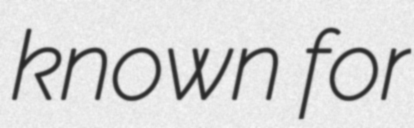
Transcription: known for